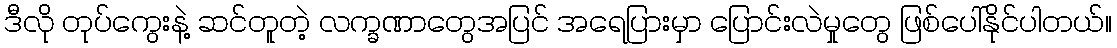
ဒီလို တုပ်ကွေးနဲ့ ဆင်တူတဲ့ လက္ခဏာတွေအပြင် အရေပြားမှာ ပြောင်းလဲမှုတွေ ဖြစ်ပေါ်နိုင်ပါတယ်။